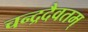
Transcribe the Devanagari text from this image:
चन्द्रदैवतम्